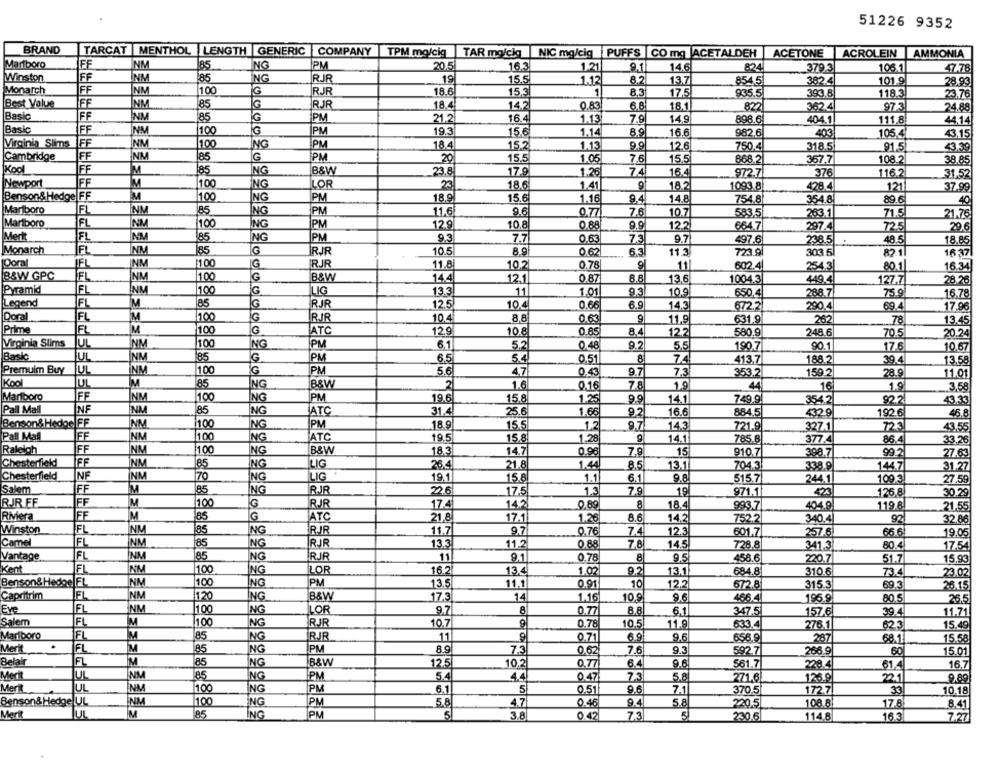
51226 9352
BRAND
TARCAT MENTHOL LENGTH GENERIC COMPANY
TPM mg/cig
TAR mg/clq
NIC mg/cig PUFFS |CO mg ACETALDEH
ACETONE ACROLEIN AMMONIA
Marlboro
FF
NM
85
ING
PM
20.5
16.3
1.21
9.1
14.6
824
379.3
106.1
47.78
Winston
FF
NM
85
NG
RJR
19
15.5
1.12
8.2
13.7
854.5
382.4
101.9
28.99
Monarch
FF
NM
100
G
RJR
18.6
15.3
1
8.3
17.5
935.5
393.8
118.3
23.76
Best Value
FF
NM
85
G
RJR
18.4
14.2
0.83
6.8
18.1
822
362.4
97.3
24.88
Basic
FF
85
G
NM
PM
21.2
16.4
1.13
7.9
14,9
898.6
404,1
111.8
44.14
Basic
FF
100
G
İPM
19.3
982.6
403
INM
15.6
1.14
16.6
105.4
43.15
Virginia Slims
FF
NM
100
ING
IPM
18.4
15.2
1.13
9.9
12.6
750.4l
318.5
91.5
43.39
Cambridge
FF
NM
85
G
PM
20
15.5
1.05
7.6
15.5
868.2
367.7
108.2
38.85
Kod
FF
M
85
ING
B&W
23.8
17.9
1.26
74
16.4
972.7!
376
116.2
31.52
Newport
FF
E
100
NG
LOR
23
18.6
1.41
9
18.2
1093.8
428.4
121
37.99
Benson& Hedge FF
M
1.00
NG
PM
18.9
15.6
1.16
9.4
14.8
754.8
354.8
89.6
40
Marlboro
FL
85
NM
NG
PM
11.6
9.6
0.77
7.6
10.7
583,5
263.1
71.5
21.76
Marlboro
FL
100
ING
IPM
12.9
10.8
0.88
9.9
122
664.7
297.4
725
29.6
Mert
FL
İNM
85
NG
PM
9.3
7.7
0.63
73
9.7
497.6
238.5
48.5
18.85
Monarch
FL
INM
85
G
RJR
10.5
8.9
0.62
6.3
11.3
723.9
303.51
82.1
16 37
Doral
100
G
RJR
11.8
O
INM
10.2
0.78
11
602.4
254.3
80.1
16.34
B&W GPC
FL
INM
100
G
B&W
14.4
12.1
0.87
8.8
13.6
1004.3
28.26
449.4
127.7
Pyramid
FL
INM
100
G
LIG
13.3
11
1.01
9.3
10.9
650.4
288.7
759
16.78
Legend
FL
IM
85
G
RJR
12.5
10.4
0.66
6.9
14.3
672.2
290.4
69.4
17.96
Doral
FL
G
RJJR
10.4
8,8
9
M
100
0.63
11.9
631.9
262
78
13.45
Prime
FL
IM
100
G
ATC
12.9
10.8
0.85
8.4
12.2
580.9
248.6
70.5
20.24
Virginia Slims
LUL
NM
100
ING
PM
6.1
5.2
0.48
9.2
5.5
190.7
90.1
17.6
10.67
Basic
INM
85
G
PM
65
5.4
0,51
8
413.7
188.2
39.4
13.58
Premuim Buy
UL
100
PM
5.6
47
0.43
9.7
7,3
353.2
159.2
İNM
28.9
11.01
Kool
M
85
ING
B&W
2
1.6
0.16
78
44
16
19
3,58
1.9
Marlboro
FF
INM
100
NG
PM
19.6
15.8
1.25
9.9
14.1
749.9
354.2
92.2
43.33
Pall Mall
85
ING
ATC
INF
İNM
31.4
25.6
1.66
9.2
16.6
884.5
4329
1926
46.8
Benson& Hedge FF
NM
100
ING
PM
18.9
15.5
1.2
9.7
14.3
327.1
721.9
7231
43.55
Pall Mall
FF
INM
1100
ING
ATC
19.5
15.8
1.28
14.1
785.8
377.4
86.4
33.26
Raleigh
IFF
INM
100
NG
B&W
18.3
14.7
0.96
7.9
15
910.7
398.7
99.2
27.63
Chesterfield
FF
İNM
85
ING
LIG
26.4
21.8
1.44
8.5
3.38.9
13.1
7043
144.7
31.27
Chesterfield
NF
İNM
70
ING
LIG
19.1
15.8
1.1
6.1
9.8
515.7
244.11
109.3
27.59
Salem
FF
M
85
ING
RJR
22.6
17.5
1.3
7.9
19
971.1
423
126,8
30.29
G
RJJR FF
FF
M
100
RJR
17.4
14.2
0,89
8
18.4
993.7
404.9
119.6
21,55
Riviera
FF
G
ATC
21,8
17.1
1.26
8.6
14.2
752.2
340.4
92
32.8
Winston
FL
NM
85
NG
RJR
11.7
9.7
0.76
7.4
12.3
601.7
257.6
65.6
19.05
Camel
FL
İNM
NG
RJR
13.3
11.2
0.88
7.8
14.5
728.8
341.3
80.4
17.54
Vantage
FL
INM
85
NG
RJR
11
458.6
9.1
0.78
8
9.5
220.7
51.7
15.93
Kent
FL
NM
100
ING
ILOR
16.2
13.4
1.02
92
13.1
684.8
310.6
73.4
23.02
Benson& Hedge FL
FL
INM
100
ING
PM
13.5
11.1
0.91
10
12.2
672.8
315.3
69.3
26.15
Capritrim
FL
ING
NM
120
B&W
17.3
1.16
10.9
9.6
466.4
196 9
80.5
26.5
Eve
NM
100
ING
LOR
9,7
8
0.77
8.8
6.1
157.6
347.5
39.4
11.71
Salem
FL
IM
100
NG
RJR
10.7
9
0.78
10.5
11.9
633.4
276.1
623
15.49
Marlboro
FL
85
NG
RJB
11
0.71
6.9
9.6
656.9
287
68.1
15.5
Merit
FL
M
NG
PM
8.9
7.3
0.62
9.3
266.9
85
7.6
592.7
60
15.01
Belair
FL
85
NG
B&W
12.5
10.2
0.77
6.4
9.6
S61.7
228.4
61.4
16.7
Medit
UL
NM
85
ING
IPM
5.4
4.4
0.47
7.3
5.8
271.6
126.9
221
9.89
Merit
JUL
NM
100
ING
PM
6.1
5
9.6
172.7
30
0.51
7.1
370.5
10.18
Benson& Hedge|UL
.NM
100
ING
PM
5.8
4.7
0.46
9.4
5.8
220,5
108.8
17.8
8.41
Mert
JUL
85
ING
IPM
5
3.8
0.42
7.3
5
230.6
114.8
16.3
7.27